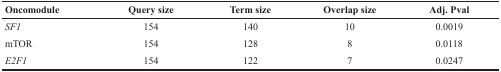
<table><thead><tr><td><b>Oncomodule</b></td><td><b>Query size</b></td><td><b>Term size</b></td><td><b>Overlap size</b></td><td><b>Adj. Pval</b></td></tr></thead><tbody><tr><td><i>SF1</i></td><td>154</td><td>140</td><td>10</td><td>0.0019</td></tr><tr><td>mTOR</td><td>154</td><td>128</td><td>8</td><td>0.0118</td></tr><tr><td><i>E2F1</i></td><td>154</td><td>122</td><td>7</td><td>0.0247</td></tr></tbody></table>